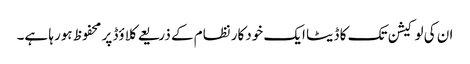
ان کی لوکیشن تک کا ڈیٹا ایک خودکار نظام کے ذریعے کلاؤڈ پر محفوظ ہورہا ہے۔